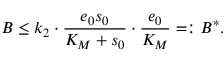
B \leq k _ { 2 } \cdot \frac { e _ { 0 } s _ { 0 } } { K _ { M } + s _ { 0 } } \cdot \frac { e _ { 0 } } { K _ { M } } = : B ^ { * } .